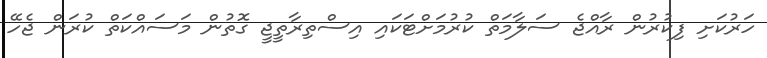
ހަރުކަށި ފިކުރުން ރާއްޖެ ސަލާމަތް ކުރުމަށްޓަކައި އިސްތިރާތީޖީ ގޮތުން މަސައްކަތް ކުރަން ޖެހޭ